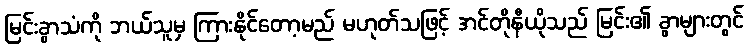
မြင်းခွာသံကို ဘယ်သူမှ ကြားနိုင်တော့မည် မဟုတ်သဖြင့် အင်တိုနီယိုသည် မြင်း၏ ခွာများတွင်